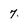
Character: 7